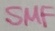
Text: SMF